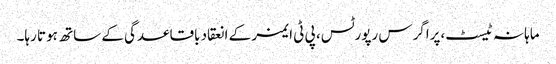
ماہانہ ٹیسٹ،پراگرس رپورٹس، پی ٹی ایمز کے انعقاد باقاعدگی کے ساتھ ہوتا رہا۔